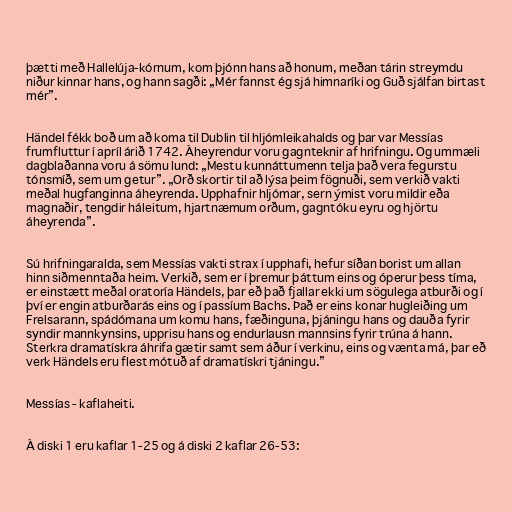
þætti með Hallelúja-kórnum, kom þjónn hans að honum, meðan tárin streymdu
niður kinnar hans, og hann sagði: „Mér fannst ég sjá himnaríki og Guð sjálfan birtast
mér”.

Händel fékk boð um að koma til Dublin til hljómleikahalds og þar var Messías
frumfluttur í apríl árið 1742. Áheyrendur voru gagnteknir af hrifningu. Og ummæli
dagblaðanna voru á sömu lund: „Mestu kunnáttumenn telja það vera fegurstu
tónsmíð, sem um getur”. „Orð skortir til að lýsa þeim fögnuði, sem verkið vakti
meðal hugfanginna áheyrenda. Upphafnir hljómar, sern ýmist voru mildir eða
magnaðir, tengdir háleitum, hjartnæmum orðum, gagntóku eyru og hjörtu
áheyrenda”.

Sú hrifningaralda, sem Messías vakti strax í upphafi, hefur síðan borist um allan
hinn siðmenntaða heim. Verkið, sem er í þremur þáttum eins og óperur þess tíma,
er einstætt meðal oratoría Händels, þar eð það fjallar ekki um sögulega atburði og í
því er engin atburðarás eins og í passíum Bachs. Það er eins konar hugleiðing um
Frelsarann, spádómana um komu hans, fæðinguna, þjáningu hans og dauða fyrir
syndir mannkynsins, upprisu hans og endurlausn mannsins fyrir trúna á hann.
Sterkra dramatískra áhrifa gætir samt sem áður í verkinu, eins og vænta má, þar eð
verk Händels eru flest mótuð af dramatískri tjáningu.”

Messías - kaflaheiti.

Á diski 1 eru kaflar 1-25 og á diski 2 kaflar 26-53: